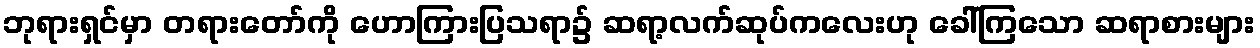
ဘုရားရှင်မှာ တရားတော်ကို ဟောကြားပြသရာ၌ ဆရာ့လက်ဆုပ်ကလေးဟု ခေါ်ကြသော ဆရာစားများ